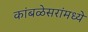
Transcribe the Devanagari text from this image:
कांबळेसरांमध्ये